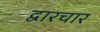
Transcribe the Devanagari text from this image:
द्वारचार